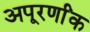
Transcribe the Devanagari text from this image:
अपूरर्णांक